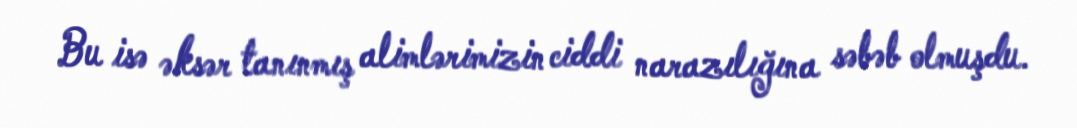
Bu isə əksər tanınmış alimlərimizin ciddi narazılığına səbəb olmuşdu.